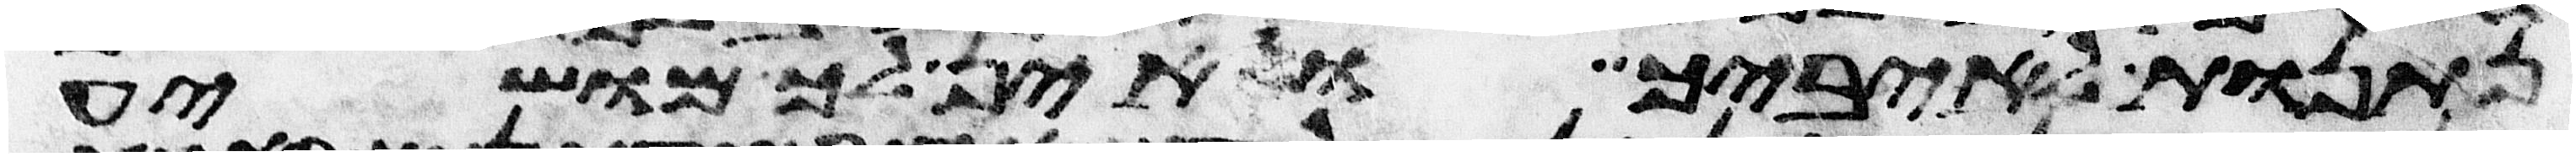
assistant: נתנות לאיביך ואין לך מושיע